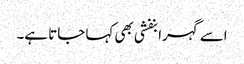
اسے گہرا بنفشی بھی کہا جاتا ہے۔